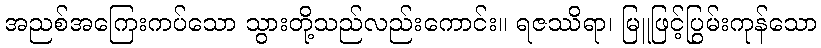
အညစ်အကြေးကပ်သော သွားတို့သည်လည်းကောင်း။ ရဇဿိရာ၊ မြူဖြင့်ပြွမ်းကုန်သော